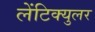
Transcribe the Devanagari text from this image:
लेंटिक्युलर